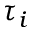
\tau _ { i }